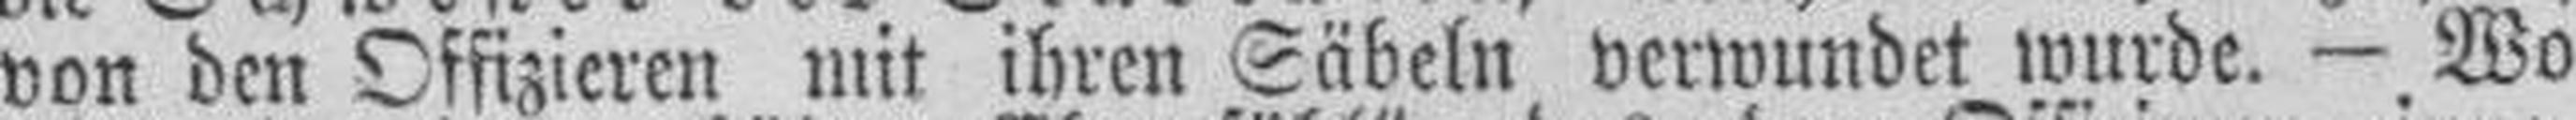
von den Offizieren mit ihren Säbeln verwundet wurde. — Wo